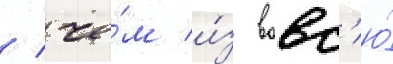
/ че́м и́з вовс'ю́